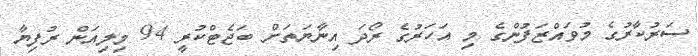
ސަރުކާރުގެ މުވައްޒަފުންގެ މި އަހަރުގެ ރޯދަ އިނާޔަތަށް ބަޖެޓްކުރީ 94 މިލިއަން ރުފިޔާ